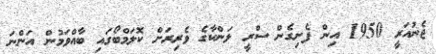
ޖެނުއަރީ 1950 އިން ފެށިގެން ސްރީ ލަންކާގެ ވެރިރަށް ކޮލަމްބޯގައި ބާއްވަމުން އަންނަ